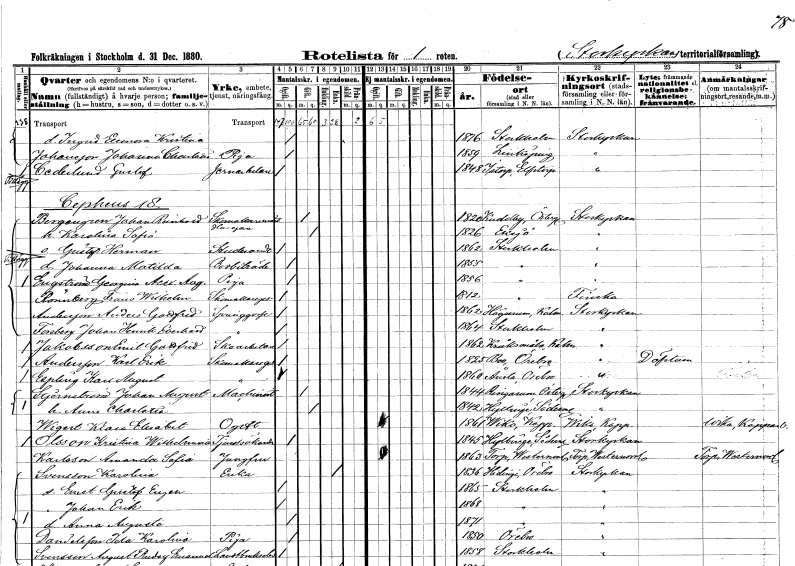
gt_parse: households: individuals: FN: Ingrid Eleonora Kristina
KON: K
CIV: O
FODAR: 1876
FODFORS: Stockholm
FN: Johanna Charlotta
EN: Johansson
YRKE: Piga
KON: K
CIV: O
FODAR: 1859
FODFORS: Linköping Östergötlands län
FN: Gustaf
EN: Cederlund
YRKE: Järnarbetare
KON: M
CIV: O
FODAR: 1848
FODFORS: Istorp Älvsborgs län
FN: Johan Reinhold
EN: Bergengren
YRKE: Skomakarmäster Husägare
KON: M
CIV: G
FODAR: 1820
FODFORS: Kuddby Östergötlands län
FN: Karolina Sofia
KON: K
CIV: G
FODAR: 1826
FODFORS: Eksjö Jönköpings län
FN: Gustaf Herman
YRKE: Studerande
KON: M
CIV: O
FODAR: 1862
FODFORS: Stockholm
FN: Johanna Matilda
YRKE: Bodbiträde
KON: K
CIV: O
FODAR: 1855
FODFORS: Stockholm
FN: Georgina Alexius Augusta
EN: Engström
YRKE: Piga
KON: K
CIV: O
FODAR: 1856
FODFORS: Stockholm
FN: Frans Wilhelm
EN: Rönnberg
YRKE: Skomakaregesäll
KON: M
CIV: O
FODAR: 1812
FODFORS: Stockholm
FN: Anders Gottfrid
EN: Andersson
YRKE: Springgosse
KON: M
CIV: O
FODAR: 1862
FODFORS: Högsrum Kalmar län
FN: Johan Henrik Eberhard
EN: Forsberg
YRKE: Springgosse
KON: M
CIV: O
FODAR: 1864
FODFORS: Stockholm
FN: Emil Gottfrid
EN: Jakobsson
YRKE: Skoarbetare
KON: M
CIV: O
FODAR: 1862
FODFORS: Kråksmåla Kalmar län
FN: Karl Erik
EN: Andersson
YRKE: Skomakaregesäll
KON: M
CIV: O
FODAR: 1825
FODFORS: Bo Örebro län
FN: Karl August
EN: Espling
YRKE: Skomakaregesäll
KON: M
CIV: O
FODAR: 1860
FODFORS: Ånsta Örebro län
FN: Johan August
EN: Stjärnström
YRKE: Maskinist
KON: M
CIV: G
FODAR: 1844
FODFORS: Ringarum Östergötlands län
FN: Anna Charlotta
KON: K
CIV: G
FODAR: 1842
FODFORS: Hyltinge Södermanlands län
FN: Klara Elisabet
EN: Wigert
KON: K
CIV: O
FODAR: 1861
FODFORS: Vika Kopparbergs län
FN: Kristina Wilhelmina
EN: Olsson
YRKE: Tjänstsökande
KON: K
CIV: O
FODAR: 1845
FODFORS: Hyltinge Södermanlands län
FN: Amanda Sofia
EN: Karlsson
YRKE: Jungfru
KON: K
CIV: O
FODAR: 1863
FODFORS: Torp Västernorrlands län
FN: Karolina
EN: Svensson
YRKE: Änka
KON: K
CIV: E
FODAR: 1836
FODFORS: Hidinge Örebro län
FN: Ernst Gustaf Eugen
KON: M
CIV: O
FODAR: 1865
FODFORS: Stockholm
FN: Johan Erik
KON: M
CIV: O
FODAR: 1868
FODFORS: Stockholm
FN: Anna Augusta
KON: K
CIV: O
FODAR: 1871
FODFORS: Stockholm